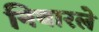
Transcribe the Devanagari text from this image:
निवारले